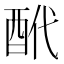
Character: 𨠍